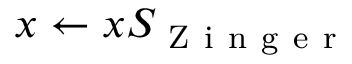
x \leftarrow x S _ { \mathrm { ~ Z ~ i ~ n ~ g ~ e ~ r ~ } }